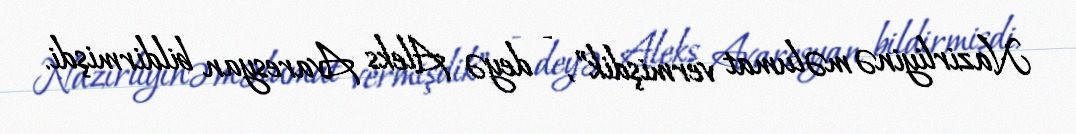
Nazirliyinə məlumat vermişdik”, - deyə Aleks Avaresyan bildirmişdi.